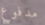
مدفوع